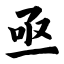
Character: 亟